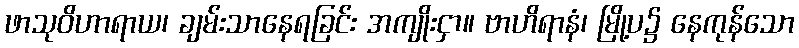
ဖာသုဝိဟာရာယ၊ ချမ်းသာနေရခြင်း အကျိုးငှာ။ ဗာဟိရာနံ၊ မြို့ပ၌ နေကုန်သော